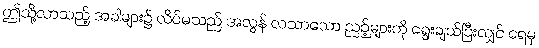
ဤသို့လာသည့် အခါများ၌ လိပ်မသည် အလွန် လသာသော ညဉ့်များကို ရွေးချယ်ပြီးလျှင် ရေမှ